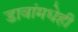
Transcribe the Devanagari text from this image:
डावांमधेही